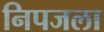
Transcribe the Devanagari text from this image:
निपजला